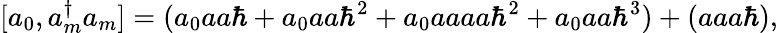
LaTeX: [a_{0},a_{m}^{\dagger}a_{m}]=(a_{0}aa\hbar+a_{0}aa\hbar^{2}+a_{0}aaaa\hbar^{2}+a_{0}aa\hbar^{3})+(aaa\hbar),